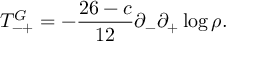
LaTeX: T _ { - + } ^ { G } = - \frac { 2 6 - c } { 1 2 } \partial _ { - } \partial _ { + } \log \rho .